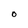
Character: O